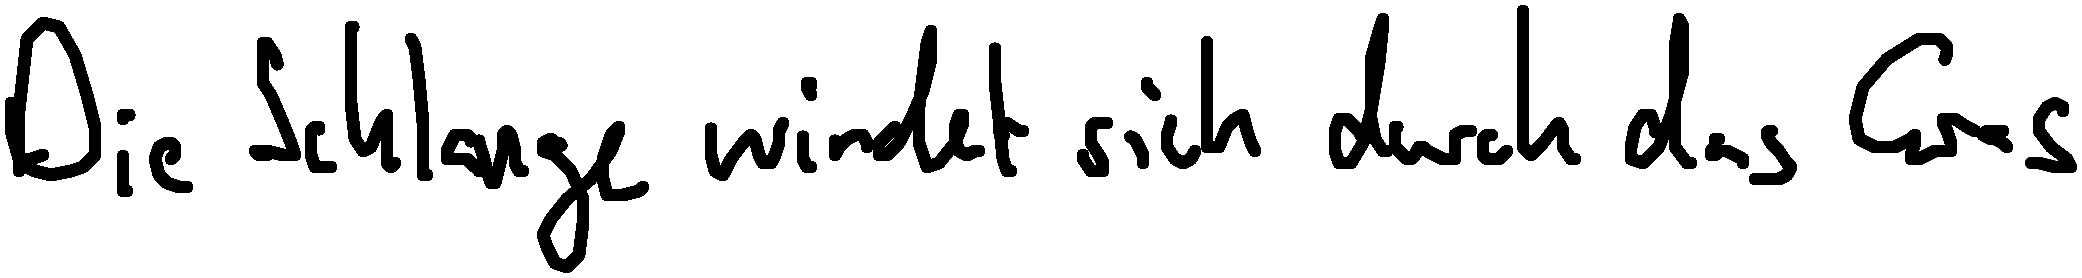
Die Schlange windet sich durch das Gras.